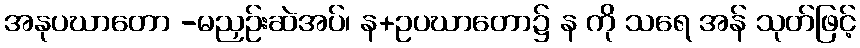
အနုပဃာတော -မညှဉ်းဆဲအပ်၊ န+ဥပဃာတော၌ န ကို သရေ အန် သုတ်ဖြင့်